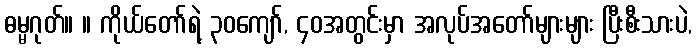
ဓမ္မဂုတ်။ ။ ကိုယ်တော်ရဲ့ ၃၀ကျော်, ၄၀အတွင်းမှာ အလုပ်အတော်များများ ပြီးစီးသားပဲ,